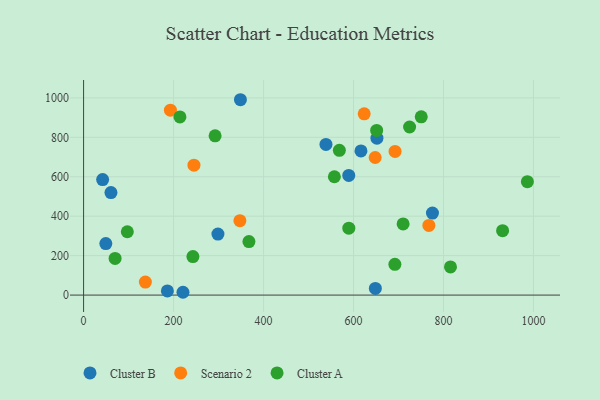
{"axis": {"x": "Study Hours", "y": "Exam Score"}, "legend": ["Cluster A", "Cluster B", "Scenario 2"], "data": [{"x": "298.6", "y": 309.2, "type": "Cluster B"}, {"x": "652.0", "y": 795.5, "type": "Cluster B"}, {"x": "775.4", "y": 415.7, "type": "Cluster B"}, {"x": "220.9", "y": 14.2, "type": "Cluster B"}, {"x": "42.3", "y": 585.5, "type": "Cluster B"}, {"x": "60.8", "y": 519.6, "type": "Cluster B"}, {"x": "538.7", "y": 763.7, "type": "Cluster B"}, {"x": "648.5", "y": 33.9, "type": "Cluster B"}, {"x": "186.2", "y": 20.9, "type": "Cluster B"}, {"x": "348.6", "y": 990.6, "type": "Cluster B"}, {"x": "589.4", "y": 606.9, "type": "Cluster B"}, {"x": "49.4", "y": 261.4, "type": "Cluster B"}, {"x": "616.5", "y": 731.2, "type": "Cluster B"}, {"x": "245.3", "y": 658.5, "type": "Scenario 2"}, {"x": "692.3", "y": 728.5, "type": "Scenario 2"}, {"x": "193.0", "y": 937.4, "type": "Scenario 2"}, {"x": "137.3", "y": 65.7, "type": "Scenario 2"}, {"x": "347.4", "y": 377.3, "type": "Scenario 2"}, {"x": "767.4", "y": 353.3, "type": "Scenario 2"}, {"x": "623.7", "y": 919.3, "type": "Scenario 2"}, {"x": "648.1", "y": 697.7, "type": "Scenario 2"}, {"x": "931.3", "y": 326.8, "type": "Cluster A"}, {"x": "214.1", "y": 903.6, "type": "Cluster A"}, {"x": "691.9", "y": 156.0, "type": "Cluster A"}, {"x": "815.5", "y": 142.9, "type": "Cluster A"}, {"x": "70.0", "y": 185.9, "type": "Cluster A"}, {"x": "557.4", "y": 600.1, "type": "Cluster A"}, {"x": "243.0", "y": 195.3, "type": "Cluster A"}, {"x": "367.5", "y": 271.2, "type": "Cluster A"}, {"x": "710.2", "y": 360.7, "type": "Cluster A"}, {"x": "724.6", "y": 852.2, "type": "Cluster A"}, {"x": "986.4", "y": 575.1, "type": "Cluster A"}, {"x": "292.3", "y": 807.7, "type": "Cluster A"}, {"x": "589.5", "y": 339.3, "type": "Cluster A"}, {"x": "750.5", "y": 903.7, "type": "Cluster A"}, {"x": "97.2", "y": 321.0, "type": "Cluster A"}, {"x": "568.5", "y": 733.8, "type": "Cluster A"}, {"x": "651.4", "y": 834.8, "type": "Cluster A"}]}